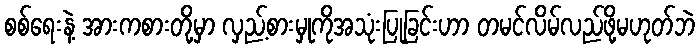
စစ်ရေးနဲ့ အားကစားတို့မှာ လှည့်စားမှုကိုအသုံးပြုခြင်းဟာ တမင်လိမ်လည်ဖို့မဟုတ်ဘဲ